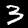
Label: 3